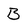
Character: B